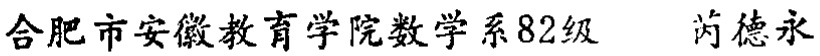
合肥市安徽教育学院数学系82级 芮德永